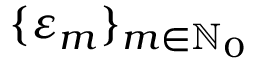
\{ \varepsilon _ { m } \} _ { m \in \ensuremath { \mathbb { N } } _ { 0 } }